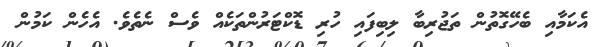
އެކަމާއި ބެހޭގޮތުން ތަޖުރިބާ ލިބިފައި ހުރި ޑޮކްޓަރުންތަކެއް ވެސް ނެތެވެ. އެހެން ކަމުން